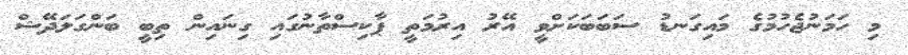
މި ހަމަނުޖެހުމުގެ މައިގަނޑު ސަބަބަކަށްވީ އޭރު އިރުމަތީ ޕާކިސްތާނުގައި ގިނައިން ތިބީ ބަންގަލަދޭޝް